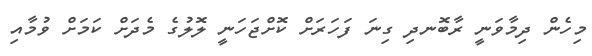
މިހެން ދިމާވަނީ ރާބޮނދި ގިނަ ފަހަރަށް ކޮށްޖަހަނީ ލޮލުގެ މެދަށް ކަމަށް ވުމާއި